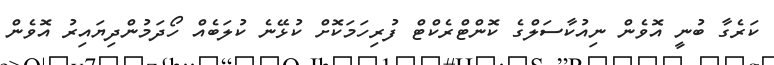
ކަރެގާ ބުނީ އޮވެން ނިއުކާސަލްގެ ކޮންޓްރެކްޓް ފުރިހަމަކޮށް ކުޅޭނެ ކުލަބެއް ހޯދަމުންދިޔައިރު އޮވެން